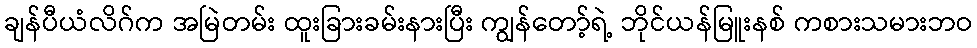
ချန်ပီယံလိဂ်က အမြဲတမ်း ထူးခြားခမ်းနားပြီး ကျွန်တော့်ရဲ့ ဘိုင်ယန်မြူးနစ် ကစားသမားဘဝ